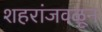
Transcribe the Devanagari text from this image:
शहरांजवळून